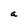
Character: a